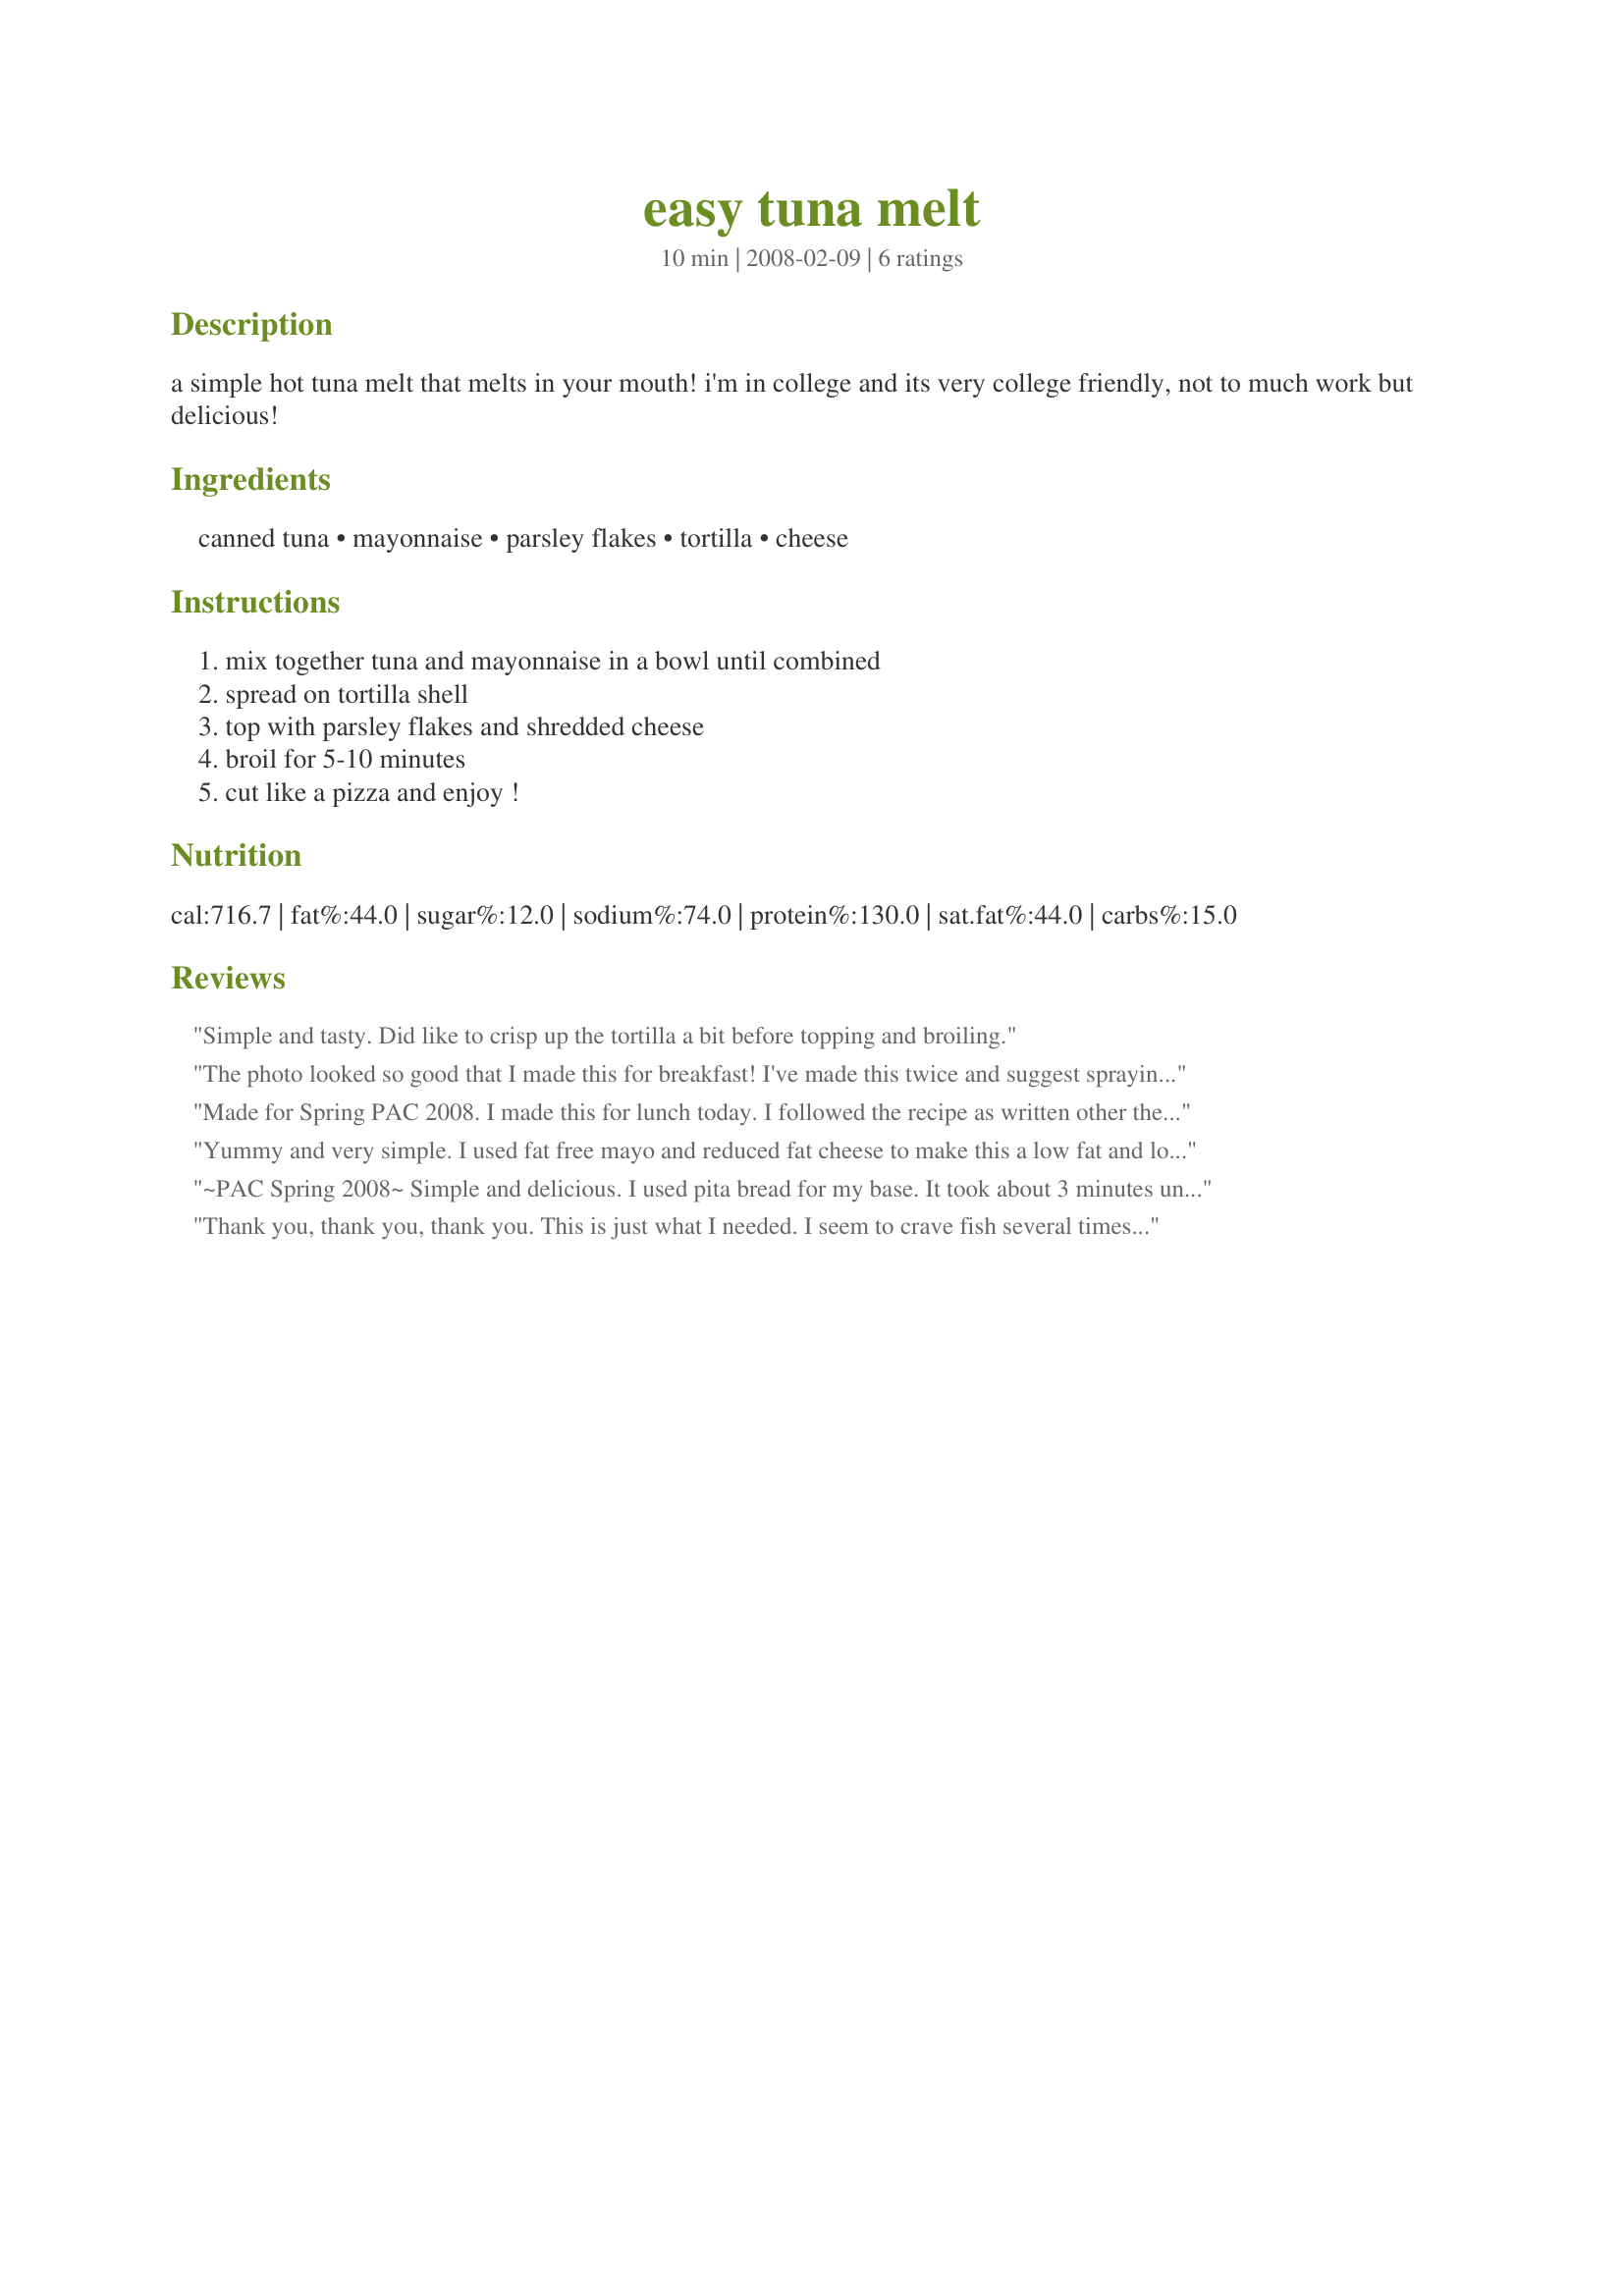
easy tuna melt
Preparation time: 10 minutes

a simple hot tuna melt that melts in your mouth! i'm in college and its very college friendly, not to much work but delicious!

Ingredients:
canned tuna, mayonnaise, parsley flakes, tortilla, cheese

Steps:
mix together tuna and mayonnaise in a bowl until combined, spread on tortilla shell, top with parsley flakes and shredded cheese, broil for 5-10 minutes, cut like a pizza and enjoy !

Reviews:
Simple and tasty. Did like to crisp up the tortilla a bit before topping and broiling.
The photo looked so good that I made this for breakfast! I've made this twice and suggest spraying the tortilla with Pam and broiling till crisp, then add the tuna, cheese, and broil till melted. This way the tortilla is crisp enough to eat by hand. I put lots of dried dill in my tuna and sprinkled with green olives. I will make this often, so thanks for posting!
Roxygirl
Made for Spring PAC 2008. I made this for lunch today. I followed the recipe as written other then I put it in the microwave instead of under the broiler as we don't have an oven at work. This was easy to make and tasted great. Thanks for a simple, tasty lunch.
Yummy and very simple. I used fat free mayo and reduced fat cheese to make this a low fat and low calorie lunch. I think it would be a good base to play and come up with other combinations to add to the tuna. Maybe add some sweetcorn or mushrooms? Maybe add some spices to the tuna and mayo mixture? The possibilities are endless and the idea of eating it like a pizza would probably get kids interested and they could help make it too. Reviewed for PAC (pick a chef) Spring 2008
~PAC Spring 2008~ Simple and delicious. I used pita bread for my base. It took about 3 minutes under the broiler. I like this recipe because I usually have all these ingredients at home and can whip up a yummy lunch in no time.
Thank you, thank you, thank you. This is just what I needed. I seem to crave fish several times a week. Cannot have a regular lovely sandwich. So with your posting, I used a gluten-free corn tortilla. Works just fine. In the future I might add some minced celery and/or onion, as well. Could do this with salmon also.
